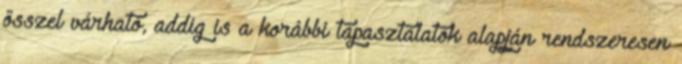
ősszel várható, addig is a korábbi tapasztalatok alapján rendszeresen